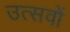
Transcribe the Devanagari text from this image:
उत्‍सवों